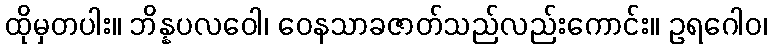
ထိုမှတပါး။ ဘိန္နပလဝေါ၊ ဝေနသာခဇာတ်သည်လည်းကောင်း။ ဥရဂေါဝ၊